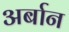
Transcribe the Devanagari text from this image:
अर्बान